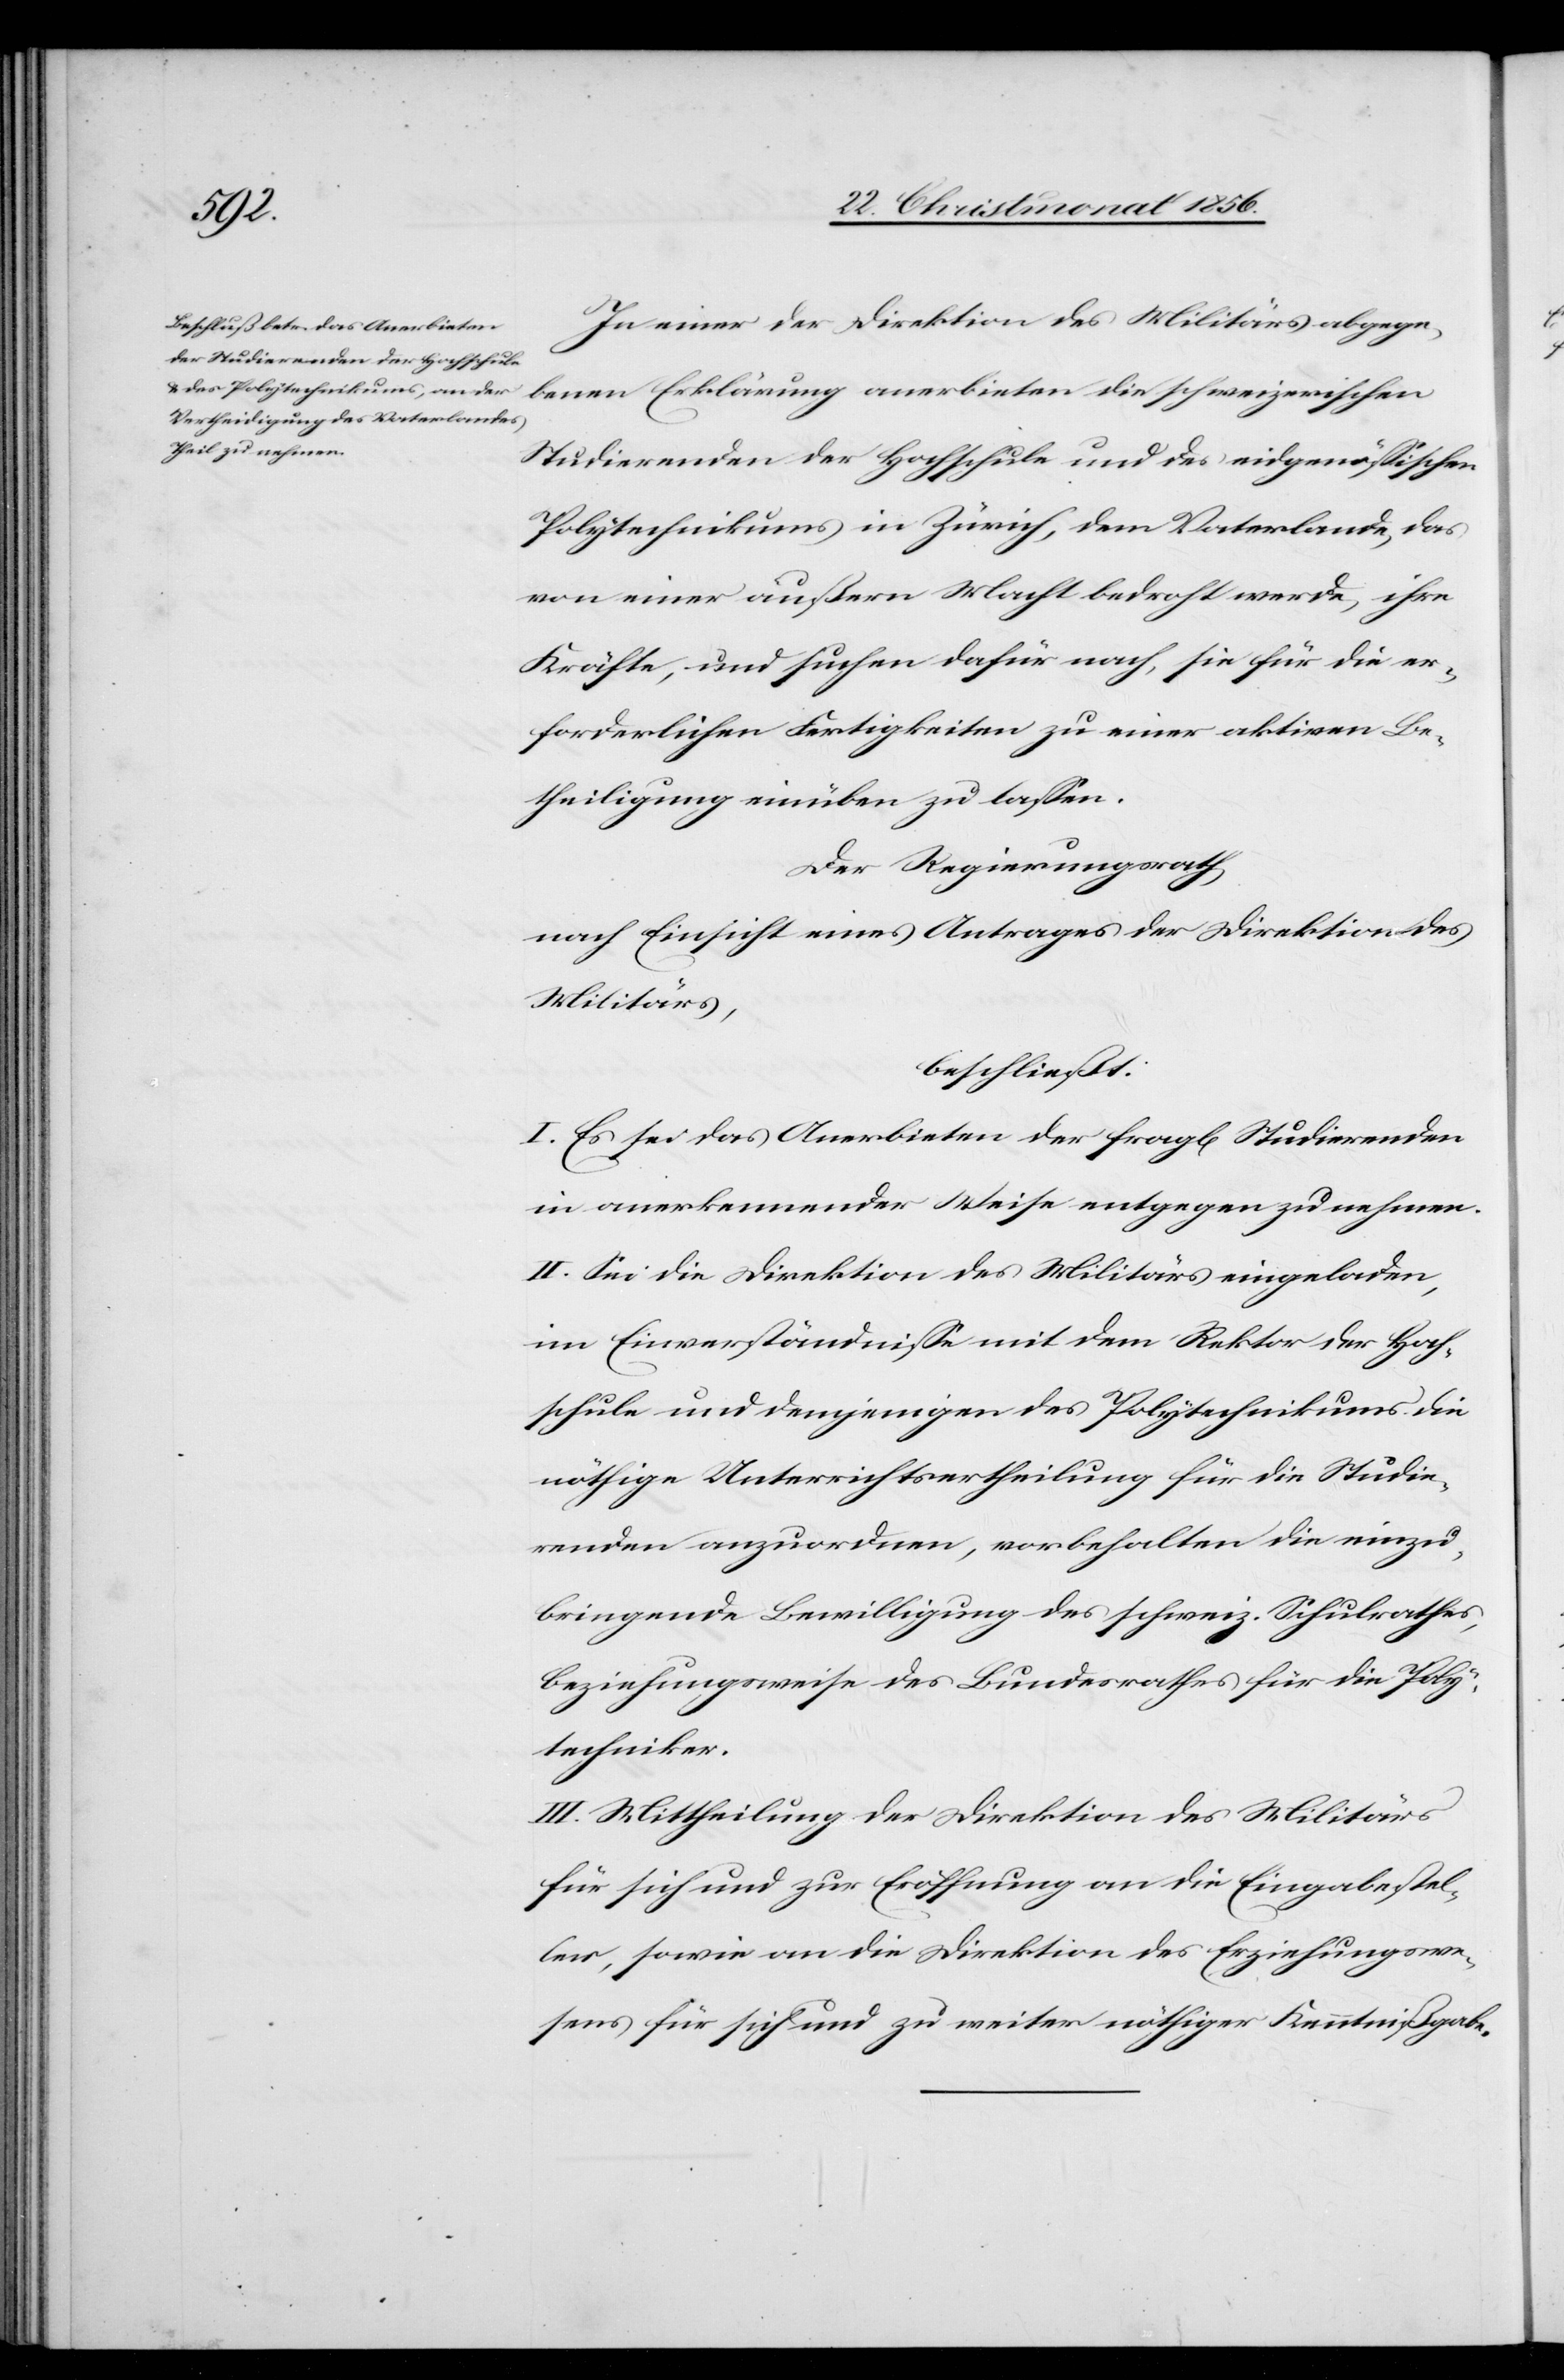
In einer der Direktion des Militärs abgege¬
benen Erklärung anerbieten die schweizerischen
Studierenden der Hochschule und des eidgenössischen
Polytechnikums in Zürich, dem Vaterlande, das
von einer äußern Macht bedroht werde, ihre
Kräfte, und suchen, dafür nach, sie für die er¬
forderlichen Fertigkeiten zu einer aktiven Be¬
theiligung einüben zu lassen.
Der Regierungsrath,
nach Einsicht eines Antrages der Direktion des
Militärs,
beschließt:
I. Es sei das Anerbieten der fragl[ichen] Studierenden
in anerkennender Weise entgegen zu nehmen.
II. Sei die Direktion des Militärs eingeladen,
im Einverständnisse mit dem Rektor der Hoch¬
schule und demjenigen des Polytechnikums die
nöthige Unterrichtsertheilung für die Studie¬
renden anzuordnen, vorbehalten die einzu¬
bringende Bewilligung des schweiz. Schulrathes,
beziehungsweise des Bundesrathes für die Poly¬
techniker.
III. Mittheilung der Direktion des Militärs
für sich und zur Eröffnung an die Eingabestel¬
ler, sowie an die Direktion des Erziehungswe¬
sens für sich und zu weiter nöthiger Kenntnißgabe.